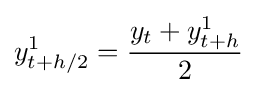
y_{t+h/2}^{1}={\dfrac {y_{t}+y_{t+h}^{1}}{2}}